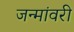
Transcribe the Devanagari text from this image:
जन्मांवरी